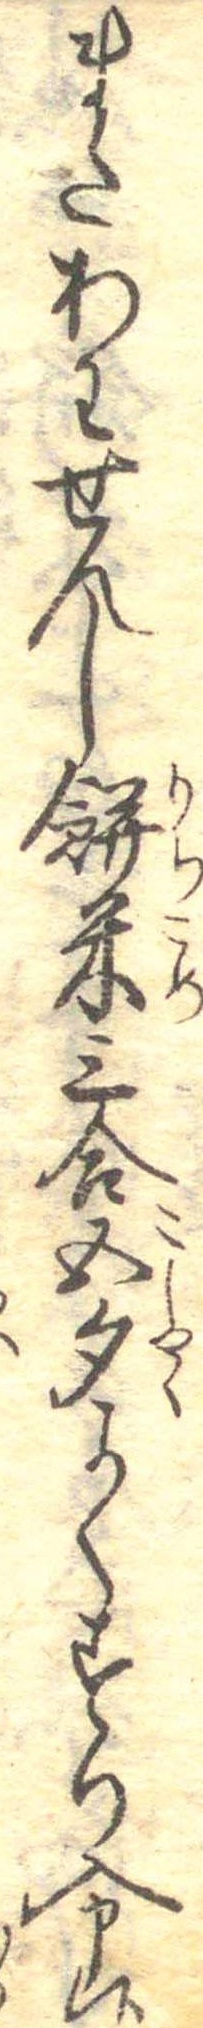
またあわせんし餅米三合五勺よくすり入申候